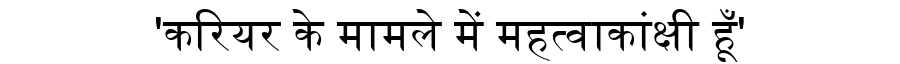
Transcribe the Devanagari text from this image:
'करियर के मामले में महत्वाकांक्षी हूँ'